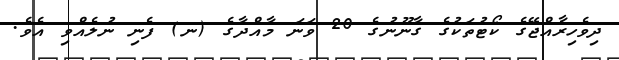
ދިވެހިރާއްޖޭގެ ކޯޓުތަކުގެ ގާނޫނުގެ 20 ވަނަ މާއްދާގެ (ނ) ފެނި ނުލެއްވި އެވެ.